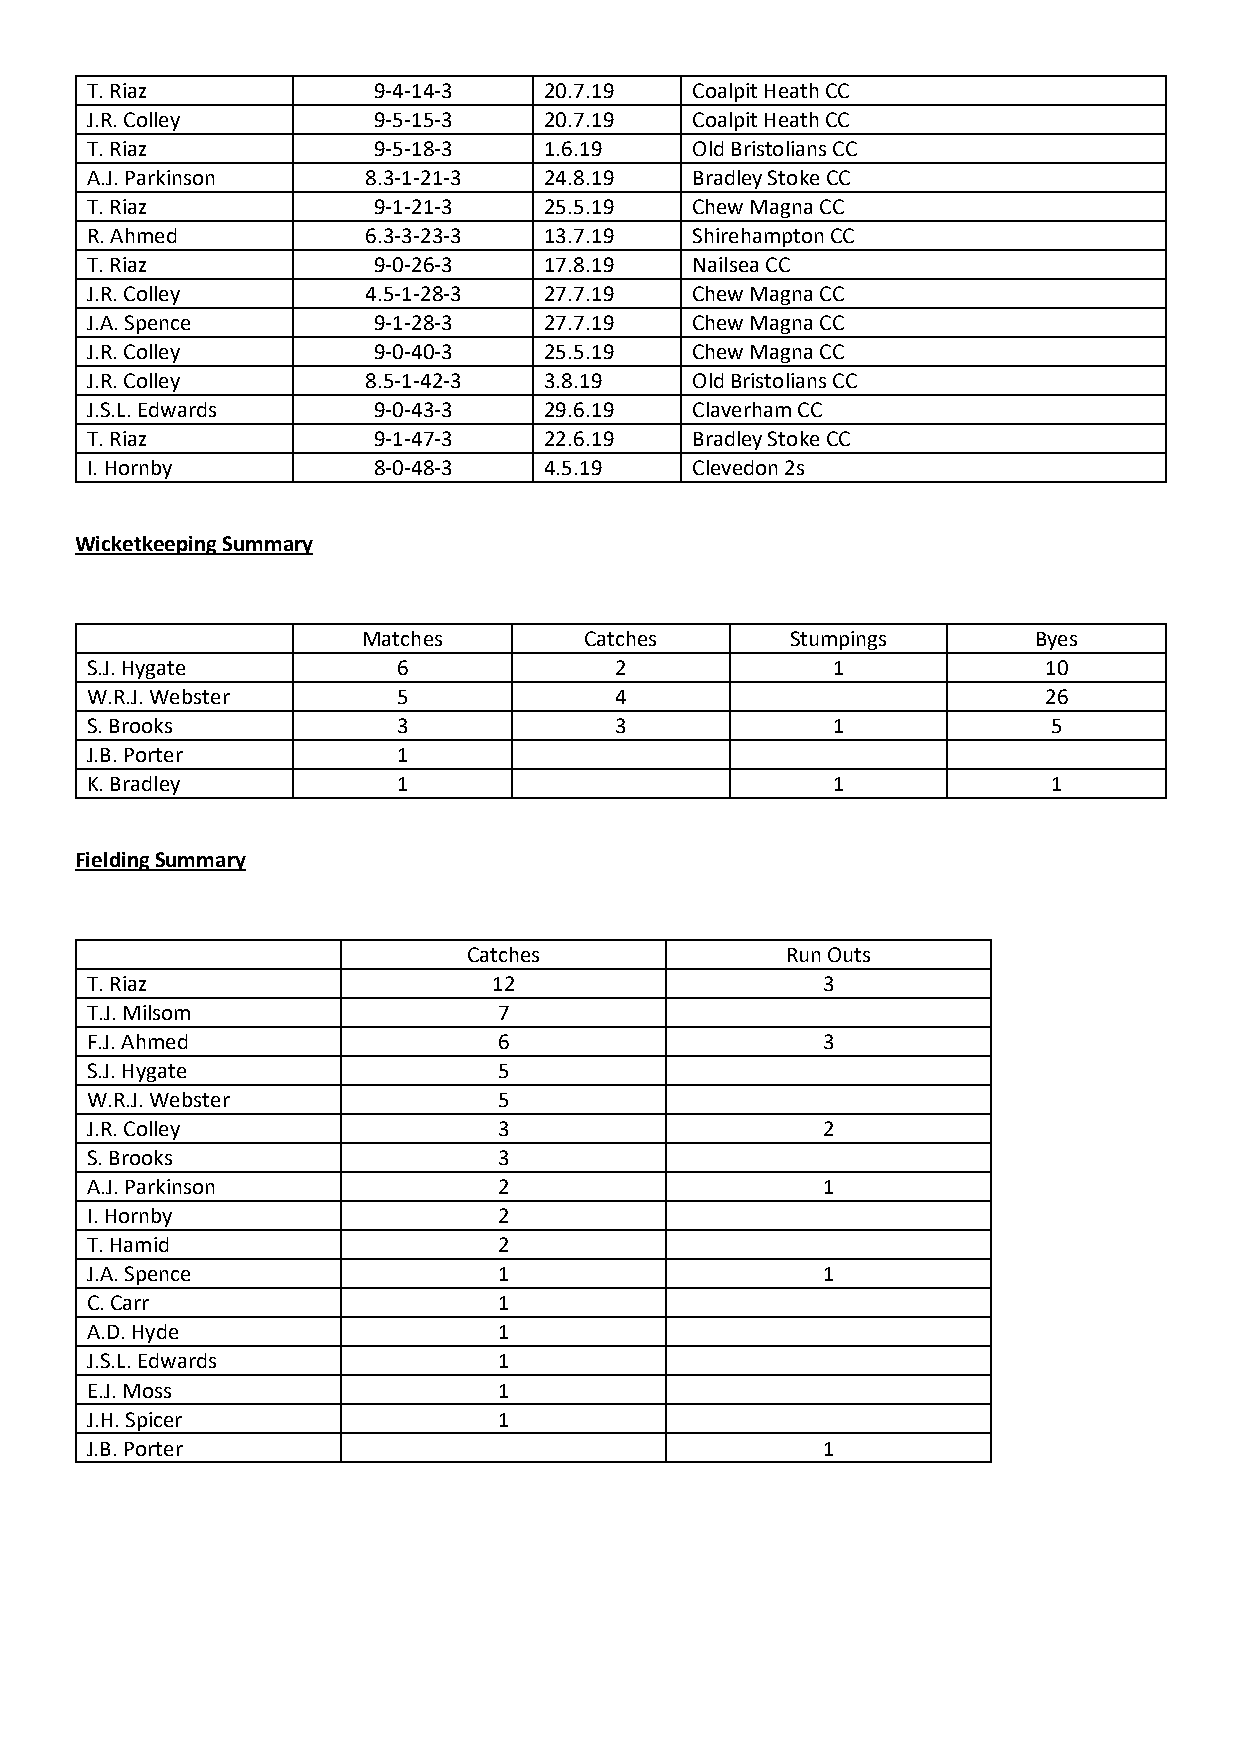
T. Riaz            9-4-14-3   20.7.19   Coalpit Heath CC
 J.R. Colley        9-5-15-3   20.7.19   Coalpit Heath CC
 T. Riaz            9-5-18-3   1.6.19    Old Bristolians CC
 A.J. Parkinson    8.3-1-21-3  24.8.19   Bradley Stoke CC
 T. Riaz            9-1-21-3   25.5.19   Chew Magna CC
 R. Ahmed          6.3-3-23-3  13.7.19   Shirehampton CC
 T. Riaz            9-0-26-3   17.8.19   Nailsea CC
 J.R. Colley       4.5-1-28-3  27.7.19   Chew Magna CC
 J.A. Spence        9-1-28-3   27.7.19   Chew Magna CC
 J.R. Colley        9-0-40-3   25.5.19   Chew Magna CC
 J.R. Colley       8.5-1-42-3  3.8.19    Old Bristolians CC
 J.S.L. Edwards     9-0-43-3   29.6.19   Claverham CC
 T. Riaz            9-1-47-3   22.6.19   Bradley Stoke CC
 I. Hornby          8-0-48-3   4.5.19    Clevedon 2s
 Wicketkeeping Summary
 Matches        Catches      Stumpings       Byes
 S.J. Hygate         6              2             1             10
 W.R.J. Webster      5              4                           26
 S. Brooks           3              3             1              5
 J.B. Porter         1
 K. Bradley          1                            1              1
 Fielding Summary
 Catches              Run Outs
 T. Riaz                    12                   3
 T.J. Milsom                7
 F.J. Ahmed                 6                    3
 S.J. Hygate                5
 W.R.J. Webster             5
 J.R. Colley                3                    2
 S. Brooks                  3
 A.J. Parkinson             2                    1
 I. Hornby                  2
 T. Hamid                   2
 J.A. Spence                1                    1
 C. Carr                    1
 A.D. Hyde                  1
 J.S.L. Edwards             1
 E.J. Moss                  1
 J.H. Spicer                1
 J.B. Porter                                     1